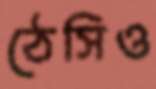
ঠেসিও